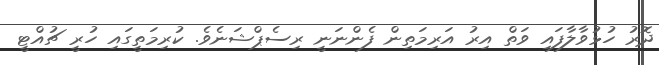
ދޮރު ހުޅުވާލާފައި ވަތް އިރު އަރިމަތިން ފެންނަނީ ރިސެޕްޝަނެވެ. ކުރިމަތީގައި ހުރީ ޗުއްޓީ